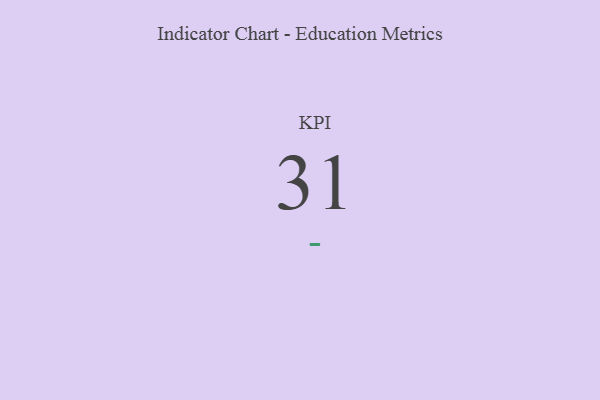
{"axis": {"x": "KPI", "y": "Value"}, "legend": [""], "data": [{"x": "KPI", "y": 31, "type": ""}]}